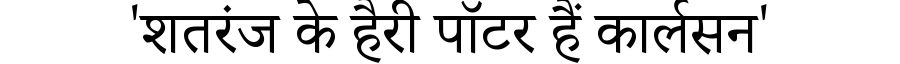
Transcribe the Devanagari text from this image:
'शतरंज के हैरी पॉटर हैं कार्लसन'